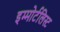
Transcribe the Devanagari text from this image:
इम्मोर्टलिस्ट